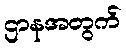
ဌာနအတွက်